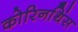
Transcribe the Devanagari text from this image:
कोरिनथिंस